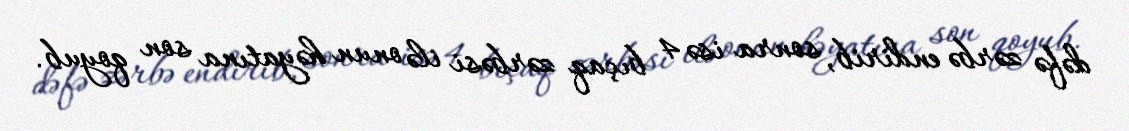
dəfə zərbə endirib, sonra isə 4 bıçaq zərbəsi ilə onun həyatına son qoyub.